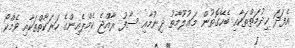
އެފަދަ ޚިދުމަތްތަކާއި ބެހޭގޮތުން މަޢުލޫމާތު ދިނުމާއި ސާފު ރާއްޖެ ކެމްޕެއިންގެ ހަރަކާތްތަކާއި ވެމްކޯ